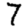
Digit: 7